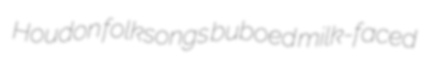
Houdon folksongs buboed milk-faced